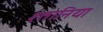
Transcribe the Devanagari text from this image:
श्तानिया